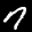
Digit: 7